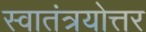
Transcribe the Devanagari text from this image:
स्वातंत्रयोत्तर